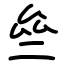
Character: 亝